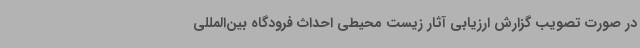
در صورت تصویب گزارش ارزیابی آثار زیست محیطی احداث فرودگاه بین‌المللی